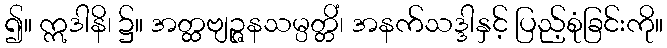
၍။ ဣဒါနိ၊ ၌။ အတ္ထဗျဉ္ဇနသမ္ပတ္တိံ၊ အနက်သဒ္ဒါနှင့် ပြည့်စုံခြင်းကို။